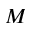
M